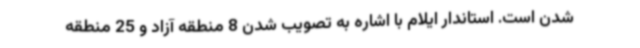
شدن است. استاندار ایلام با اشاره به تصویب شدن 8 منطقه آزاد و 25 منطقه